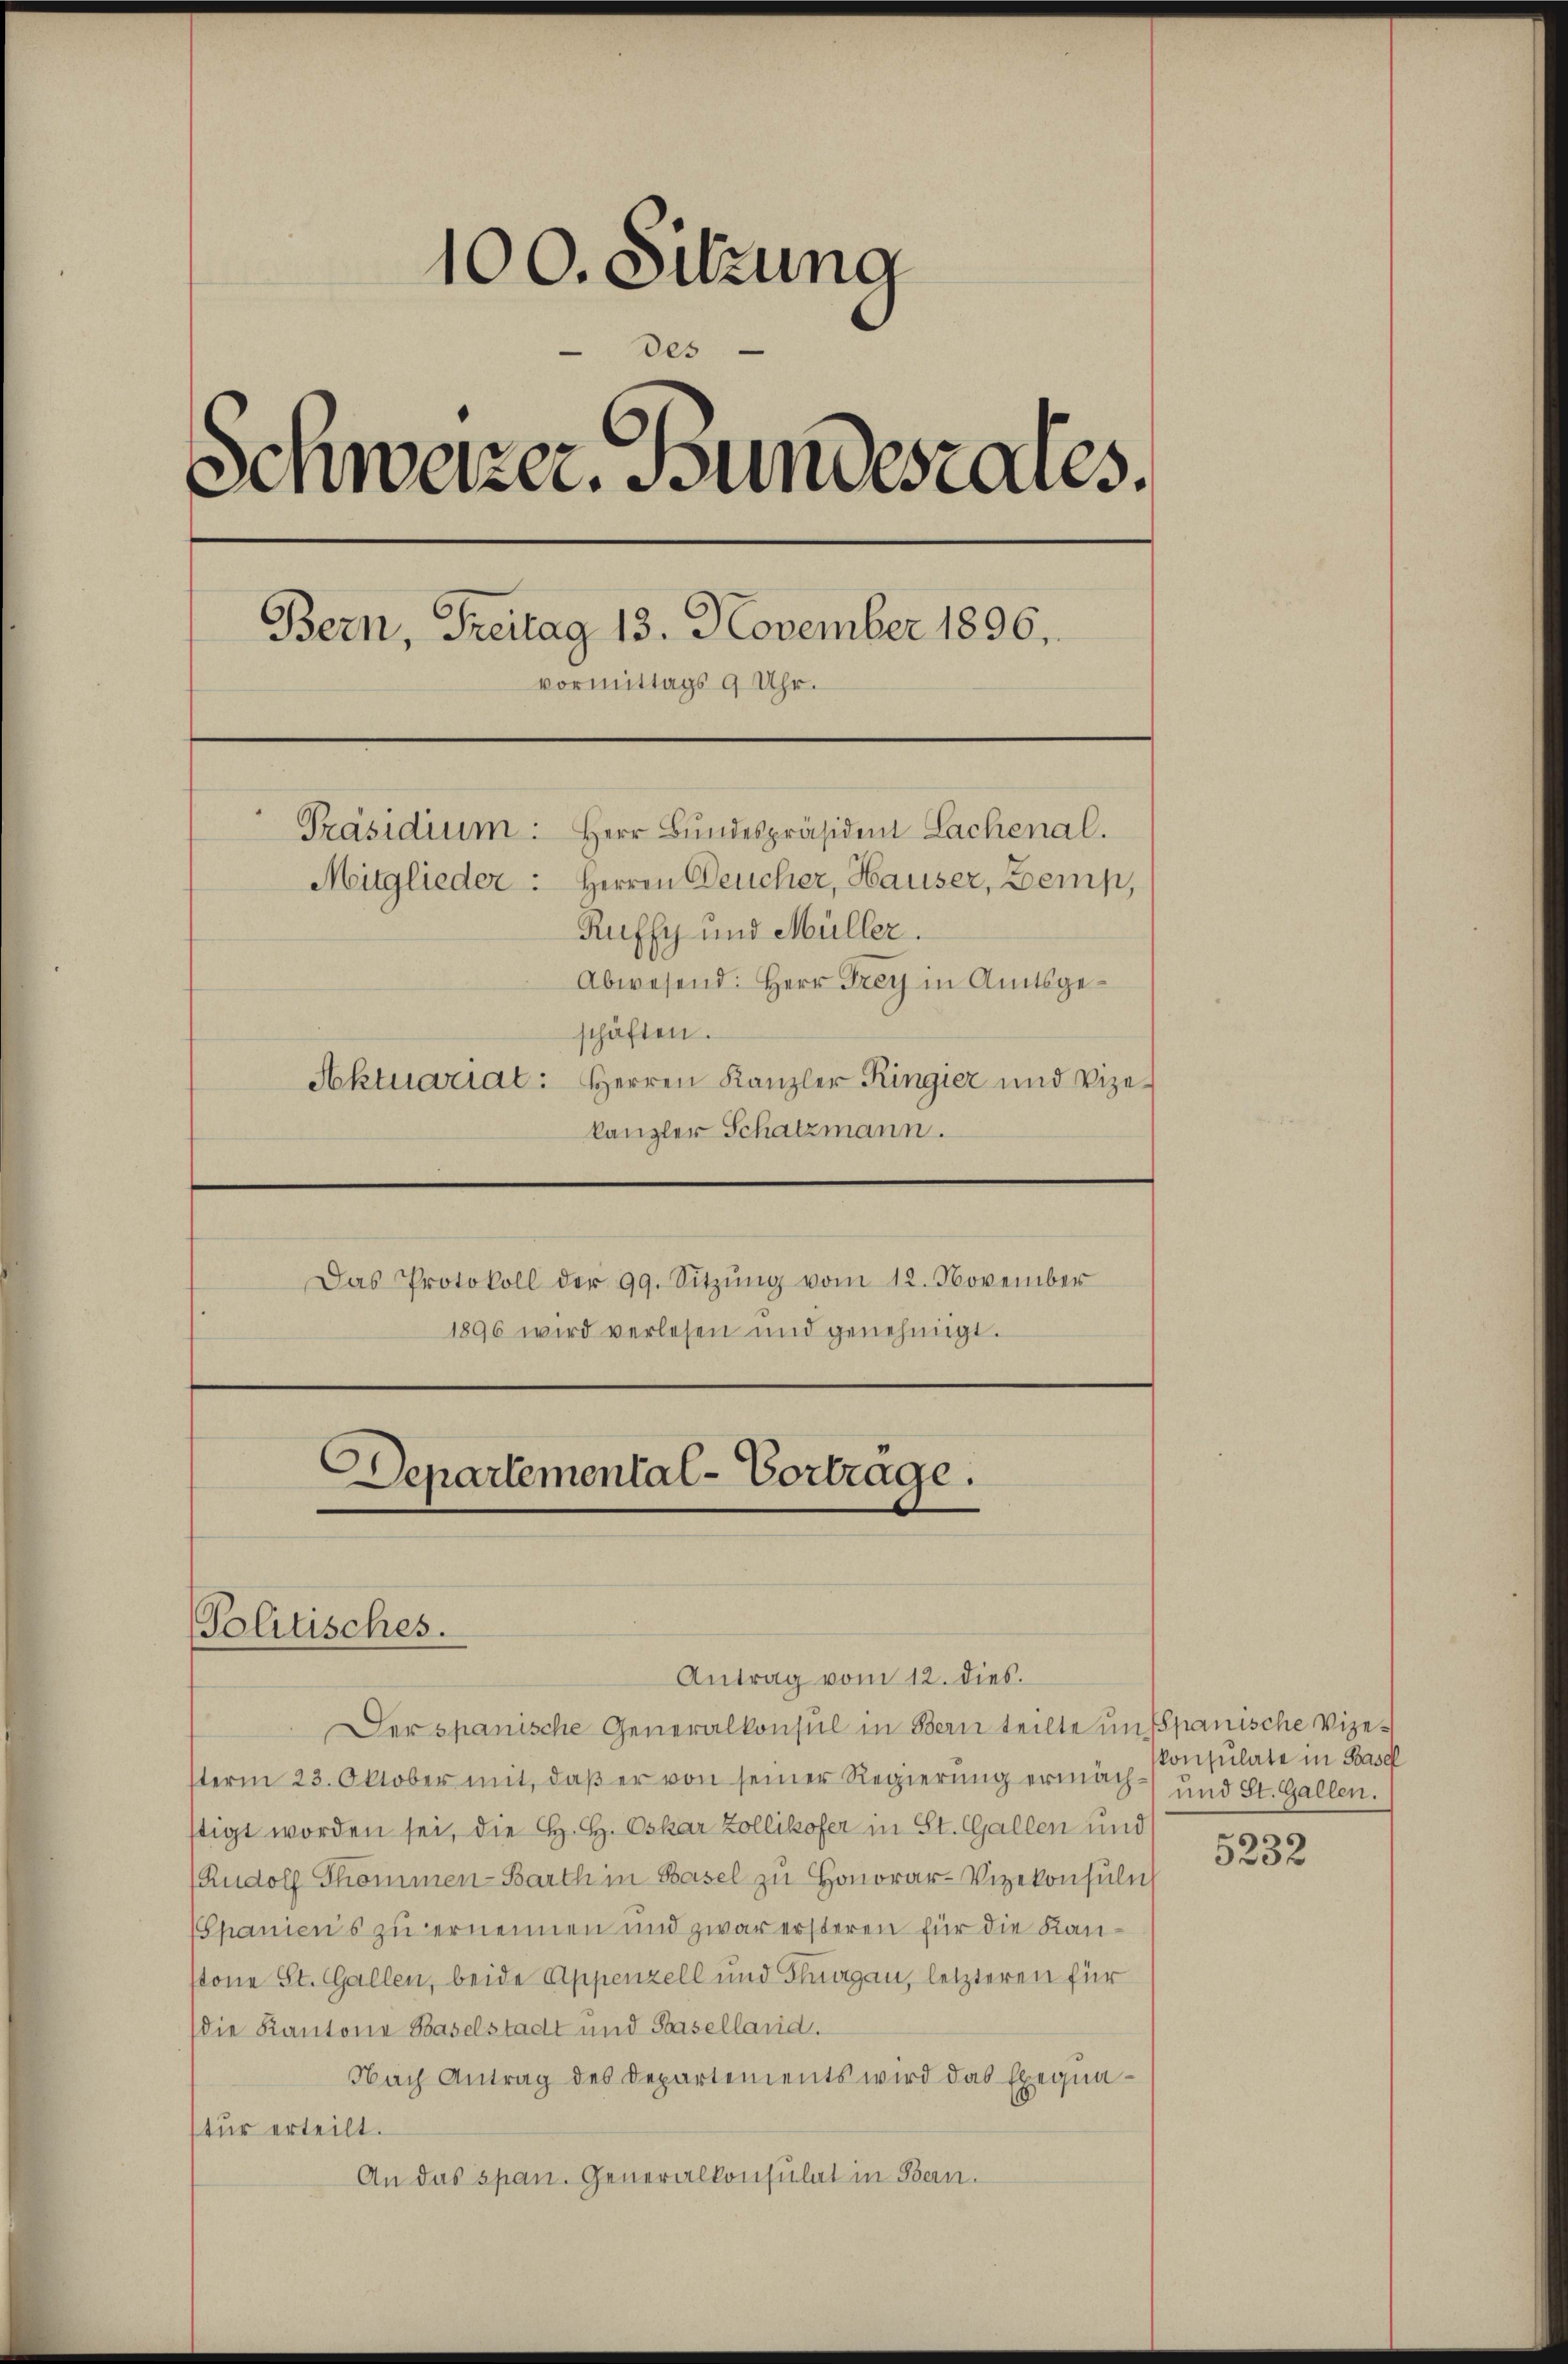
100. Sitzung
des
Schweizer. Bundesrates.
Bern, Freitag 13. November 1896.
vormittags 9 Uhr.
Präsidium: Herr Bundespräsident Lachenal.
Mitglieder: Herren Deucher, Hauser, Zemp,
Ruffy und Müller.
Abwesend: Herr Frey in Amtsgeschäften.
Aktuariat: Herren Kanzler Ringier und Vize-
kanzler Schatzmann.
Das Protokoll der 99. Sitzŭng vom 12. November
1896 wird verlesen und genehmigt.

Departemental-Vorträge.
Politisches.
Antrag vom 12. dies.

Der spanische Generalkonsul in Bern teilte uns Spanische Vizesterm 23. Oktober mit, daβ er von seiner Regierung ermach- und St. Gallen.
stigt worden sei, die H. H. Oskar Zollikofer in St. Gallen und
Rudolf Thommen-Barth in Basel zu Honorar-Vizekonsuln
(Spaniens zu ernennen und zwar ersteren für die Kanstone St. Gallen, beide Appenzell und Flurgau, letzteren für
(die Kantone Baselstadt und Baselland.
Nach Antrag des Departements wird das Exequatur erteilt.
An das span. Generalkonsulat in Bern.

konsulate in Basel

5232